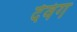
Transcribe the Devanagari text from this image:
देवंग